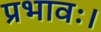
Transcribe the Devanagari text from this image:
प्रभावः।